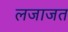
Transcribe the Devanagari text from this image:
लजाजत